Problem: 3 × 4 = ?
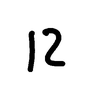
Handwritten answer: 12